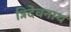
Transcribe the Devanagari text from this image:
त्रिदेवनाथ